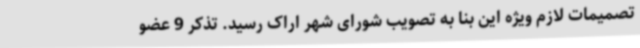
تصمیمات لازم ویژه این بنا به تصویب شورای شهر اراک رسید. تذکر 9 عضو